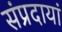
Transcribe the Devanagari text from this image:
संप्रदायां